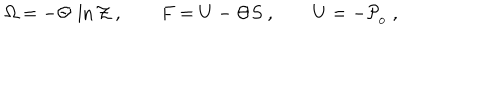
{ \mit \Omega } = - \Theta \, \ln { \cal Z } \ , \qquad F = U - \Theta S \ , \qquad U = - { \cal P } _ { _ 0 } \ ,